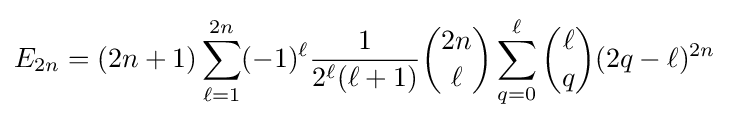
E_{2n}=(2n+1)\sum _{\ell =1}^{2n}(-1)^{\ell }{\frac {1}{2^{\ell }(\ell +1)}}{\binom {2n}{\ell }}\sum _{q=0}^{\ell }{\binom {\ell }{q}}(2q-\ell )^{2n}